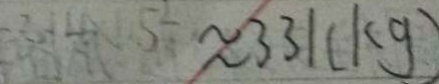
\approx 3 3 1 ( k g )